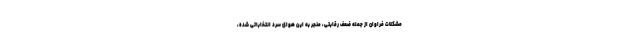
مشکلات فراوان از جمله ضعف رقابتی، منجر به این هوای سرد انتخاباتی شده،